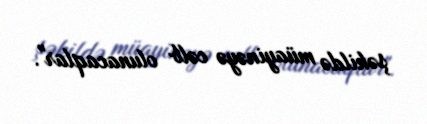
şəkildə müayinəyə cəlb olunacaqlar".